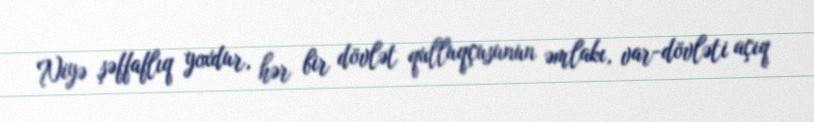
Niyə şəffaflıq yoxdur, hər bir dövlət qulluqçusunun əmlakı, var-dövləti açıq